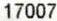
17007